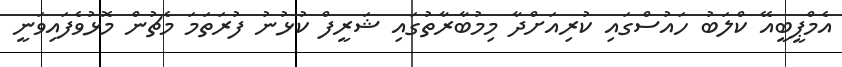
އެމްޕީބީއޭ ކްލަބު ހައުސްގައި ކުރިއަށްދާ މިމުބާރާތުގައި ޝަރީފް ކުޅުނު ފުރަތަމަ މެޗުން މޮޅުވެފައިވަނީ